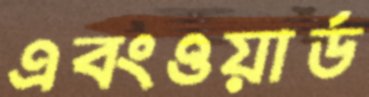
এবংওয়ার্ড